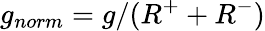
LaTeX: g_{norm}=g/(R^{+}+R^{-})